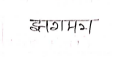
मजकूर: झगमग